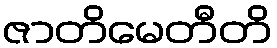
ဇာတိမေတီတိ